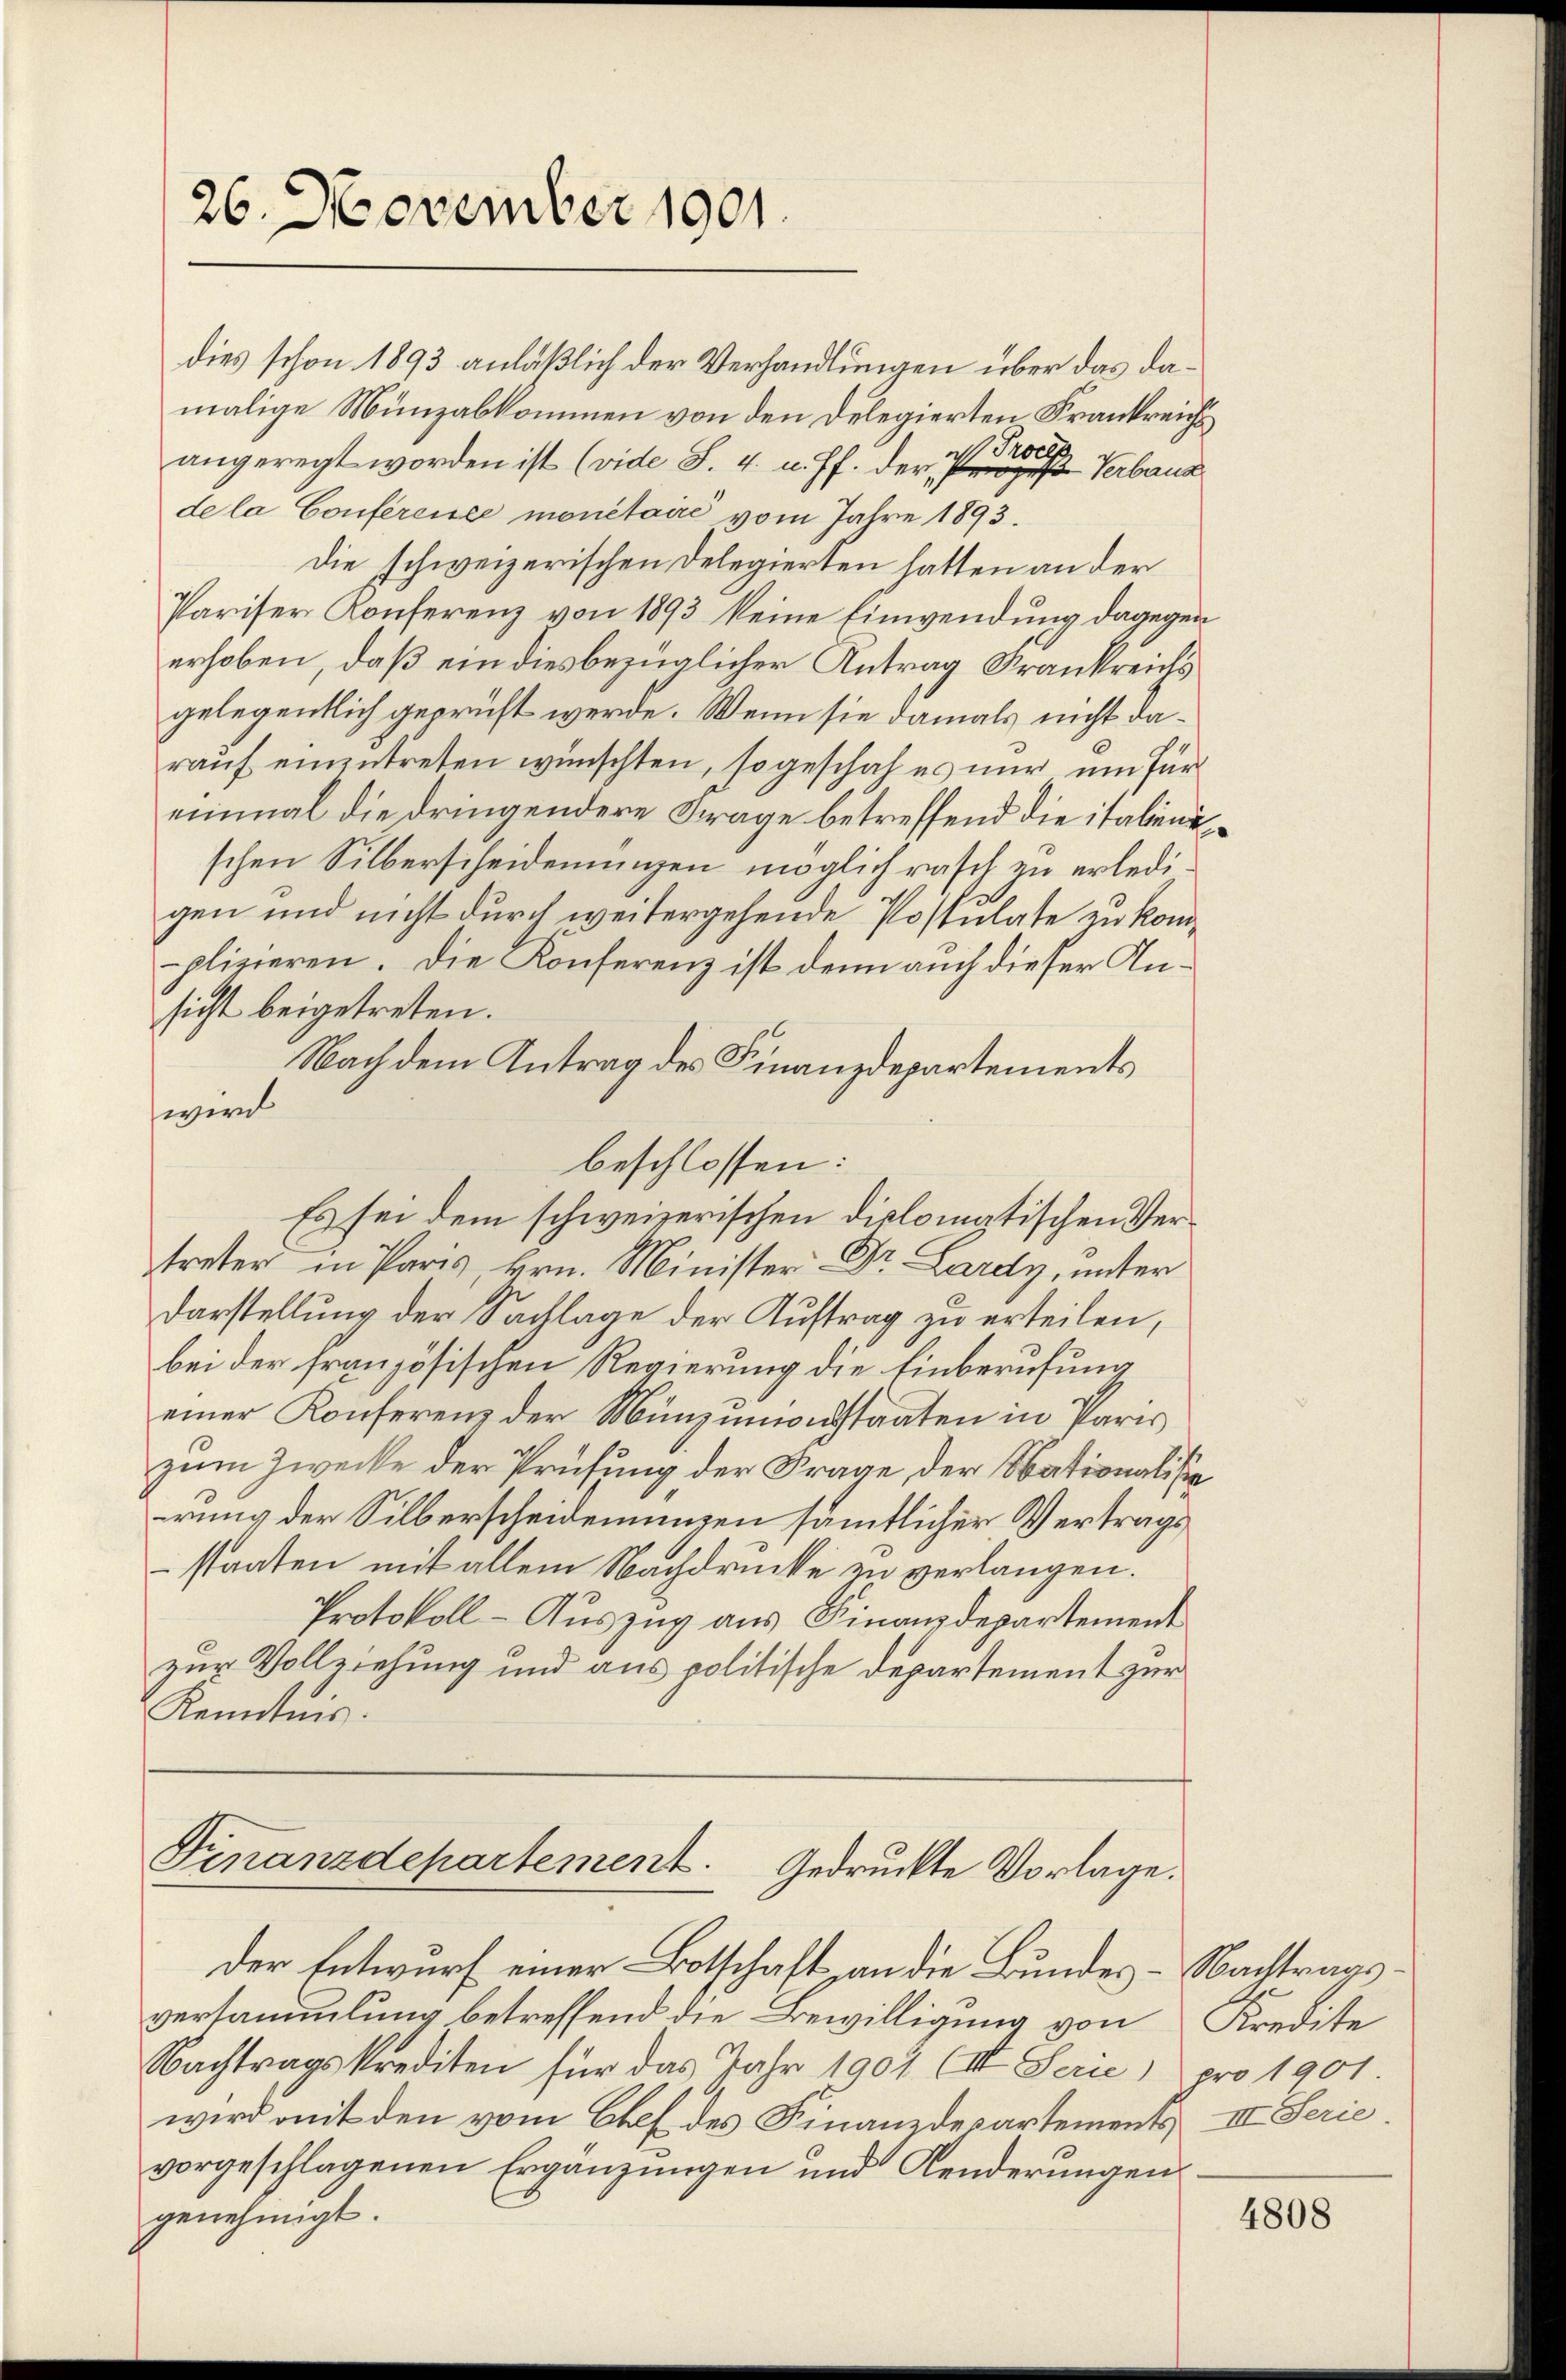
26. November 1901.

dies schon 1893 anläßlich der Verhandlungen über das damalige Münzabkommen von den Delegierten Frankreichangeregt worden ist (vide S. 4. v. Js. der eine Verbau
de la Conferensee monetaire vom Jahre 1893.
Die schweizerischen Delegierten hatten an der
Pariser Konferenz von 1893 keine Einwendung dagegen
erhoben, daß ein diesbezüglicher Antrag Frankreichs
gelegentlich geprüft werde. Wenn sie damals nicht darauf einzutreten wünschten, so geschah es nur um für
einmal die dringendere Frage betreffend die italienischen Silberscheidenungen möglich rasch zu erledigen und nicht durch weitergehende Postulate zu komplizieren. Die Konferenz ist denn auch dieser Ansicht beigetreten.
Nach dem Antrag des Finanzdepartements
wird
beschlossen:
Es sei dem schweizerischen diplomatischen Vertreter in Paris Hrn. Minister Dr. Lardy, unter
Darstellung der Sachlage der Auftrag zu erteilen,
bei der französischen Regierung die Einberufung
einer Konferenz der Münzunionsstaaten in Paris
zum Zwecke der Prüfung der Frage der Nationalisie
rung der Silberscheidenungen sämmtlicher Vertrags
staaten mit allem Nachdrucke zu verlangen.
Protokoll- Auszug aus Finanzdepartement
zur Vollziehung und aus politische Departement zur
Kenntnis.

Finanzdepartement. Gedruckte Vorlage.

Der Entwurf einer Botschaft an die Bundes - Nachtrags.
versammlung betreffend die Bewilligung von
Nachtragskrediten für das Jahr 1904 (III. Serie)
wird mit den vom Chef des Finanzdepartements III Serie.
vorgeschlagenen Ergänzungen und Aenderŭngen.
genehmigt.

Kredite
pro 1901.

4808